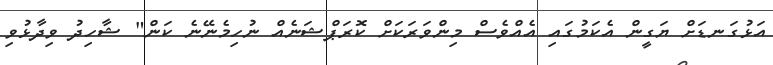
އަޅުގަނޑަށް ޔަގީން އެކަމުގައި އެއްވެސް މިންވަރަކަށް ކޮރަޕްޝަނެއް ނުހިމެނޭނެ ކަން" ޝާހިދު ވިދާޅުވި